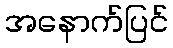
အနောက်ပြင်